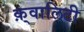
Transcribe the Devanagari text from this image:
क़्वालिटी